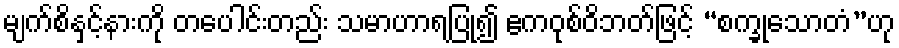
မျက်စိနှင့်နားကို တပေါင်းတည်း သမာဟာရပြု၍ ဧကဝုစ်ဝိဘတ်ဖြင့် “စက္ခုသောတံ”ဟု